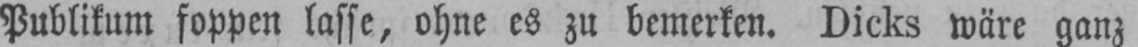
Publikum foppen lasse, ohne es zu bemerken. Dicks wäre ganz